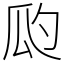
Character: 瓝